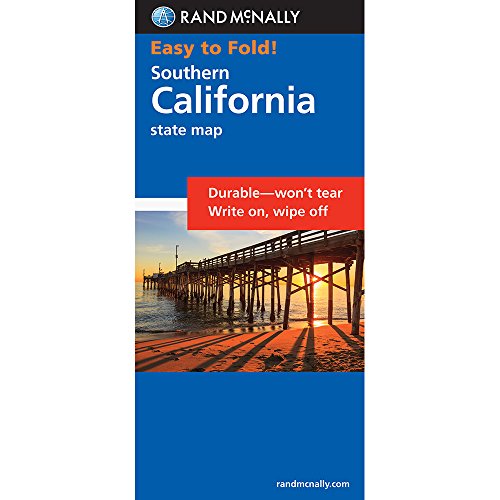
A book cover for Rand McNally Southern California Easy to Fold (Laminated) (Rand McNally Easyfinder); Rand McNally; Reference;